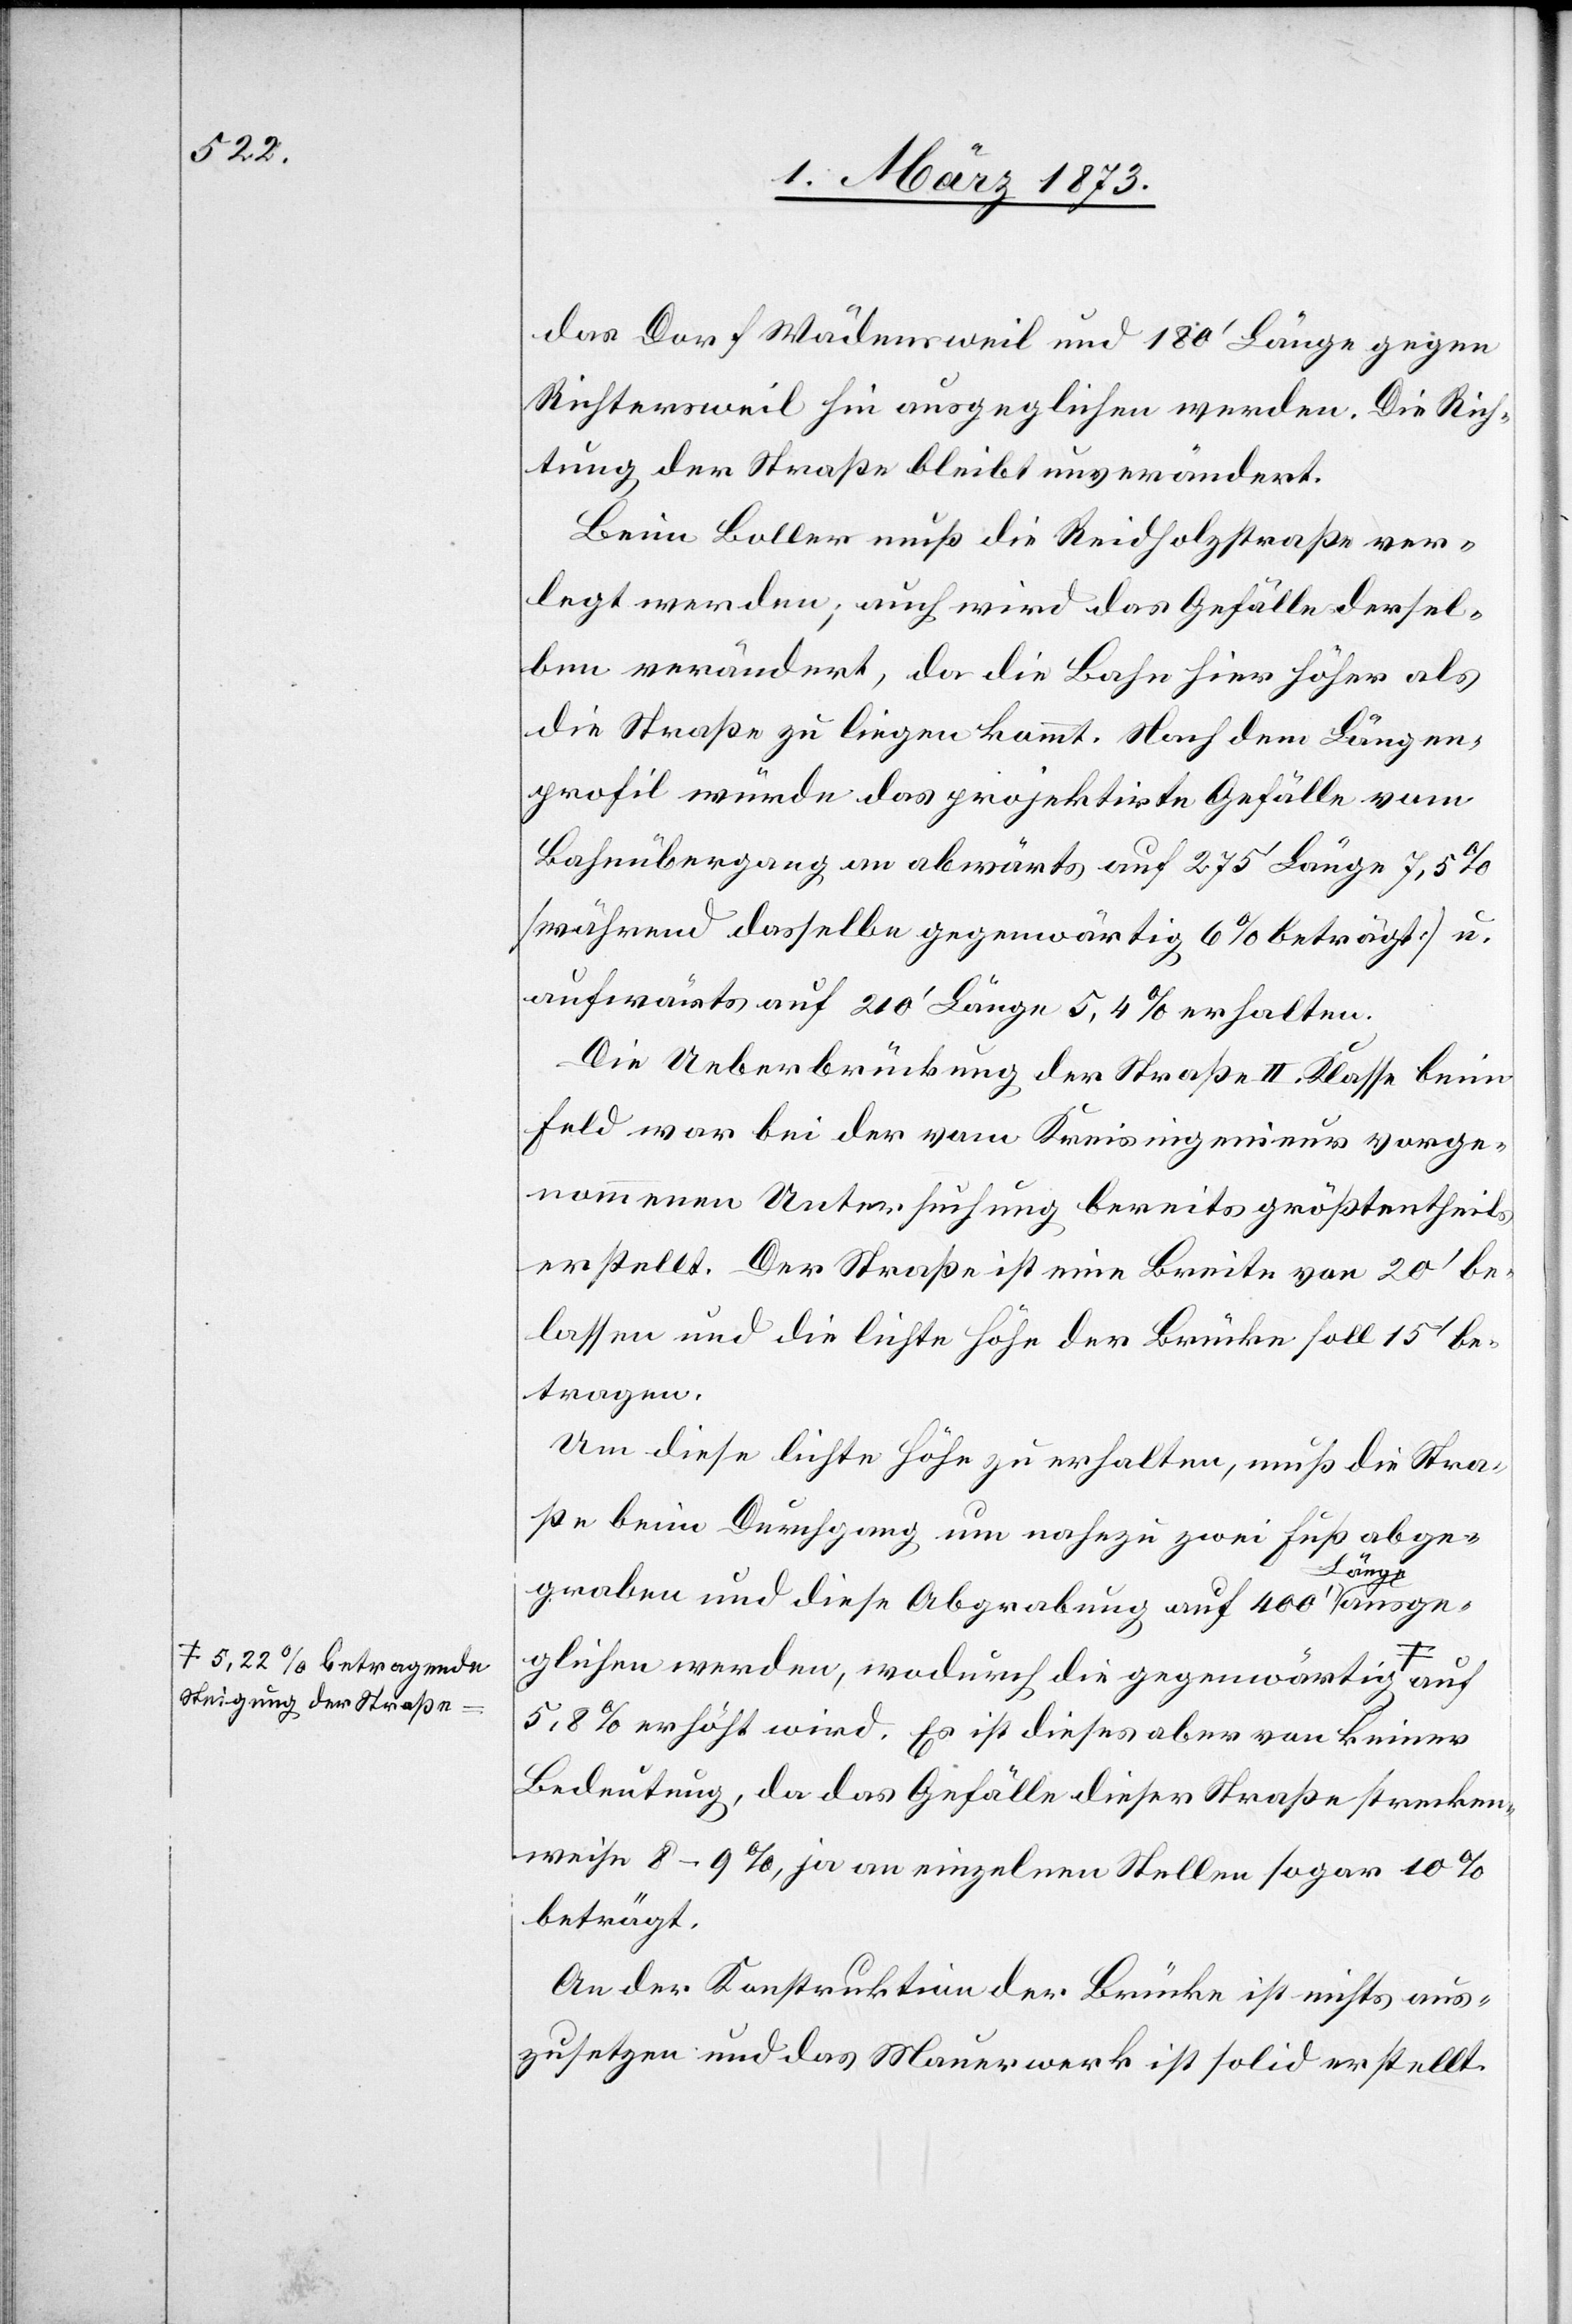
a-5,22% betragende
Steigung der Straße-a

das Dorf Wädensweil und 180’ Länge gegen
Richtersweil hin ausgeglichen werden. Die Rich¬
tung der Straße bleibt unverändert.
Beim Boller muß die Reidholzstraße ver¬
legt werden; auch wird das Gefälle dersel¬
ben verändert, da die Bahn hier höher als
die Straße zu liegen kommt. Nach dem Längen¬
profil würde das projektirte Gefälle vom
Bahnübergang an abwärts auf 275’ Länge 7,5%
[während dasselbe gegenwärtig 6% beträgt] u.
aufwärts auf 210’ Länge 5,4% erhalten.
Die Ueberbrückung der Straße II. Klasse beim
Feld war bei der vom Kreisingenieur vorge¬
nommenen Untersuchung bereits größtentheils
erstellt. Der Straße ist eine Breite von 20’ be¬
lassen und die lichte Höhe der Brücke soll 15’ be¬
tragen.
Um diese lichte Höhe zu erhalten, muß die Stra¬
ße beim Durchgang um nahezu zwei Fuß abge¬
auf
graben und diese Abgrabung auf 400’ Länge
glichen werden, wodurch die gegenwärtig
5,8% erhöht wird. Es ist dieses aber von keiner
Bedeutung, da das Gefälle dieser Straße strecken¬
weise 8–9%, ja an einzelnen Stellen sogar 10%
beträgt.
An der Konstruktion der Brücke ist nichts aus¬
zusetzen und das Mauerwerk ist solid erstellt.